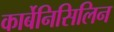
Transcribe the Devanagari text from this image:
कार्बेनिसिलिन